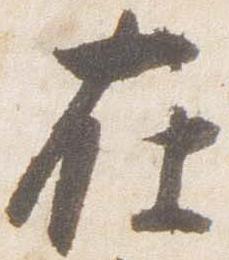
在